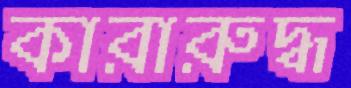
কারারুদ্ধ